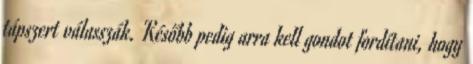
tápszert válasszák. Később pedig arra kell gondot fordítani, hogy